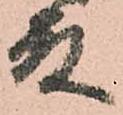
殿